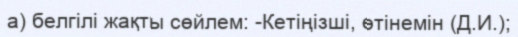
а) белгiлi жақты сөйлем: -Кетiңiзшi, өтiнемiн (Д.И.);